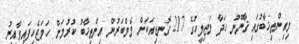
މިއިންތިޚާބުގައި ޤާނޫނު ހަދާ މަޖިލީހުގެ 217 ގޮނޑިއަކަށް މެމްބަރުން އިންތިޚާބު ކުރުމަށް ހަމަޖެހިފައިވާއިރު